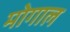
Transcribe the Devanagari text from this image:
मोगाल